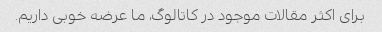
برای اکثر مقالات موجود در کاتالوگ، ما عرضه خوبی داریم.